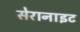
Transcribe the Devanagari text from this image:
सेरानाइट